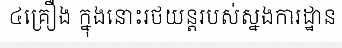
៤គ្រឿង ក្នុងនោះរថយន្តរបស់ស្នងការដ្ឋាន